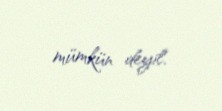
mümkün deyil.